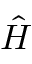
\hat { H }